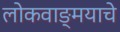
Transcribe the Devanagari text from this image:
लोकवाङ्मयाचे